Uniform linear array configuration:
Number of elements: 32
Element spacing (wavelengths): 0.5
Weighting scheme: exponential
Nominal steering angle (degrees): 30
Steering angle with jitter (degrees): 28.427
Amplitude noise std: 0.05
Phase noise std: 0.05

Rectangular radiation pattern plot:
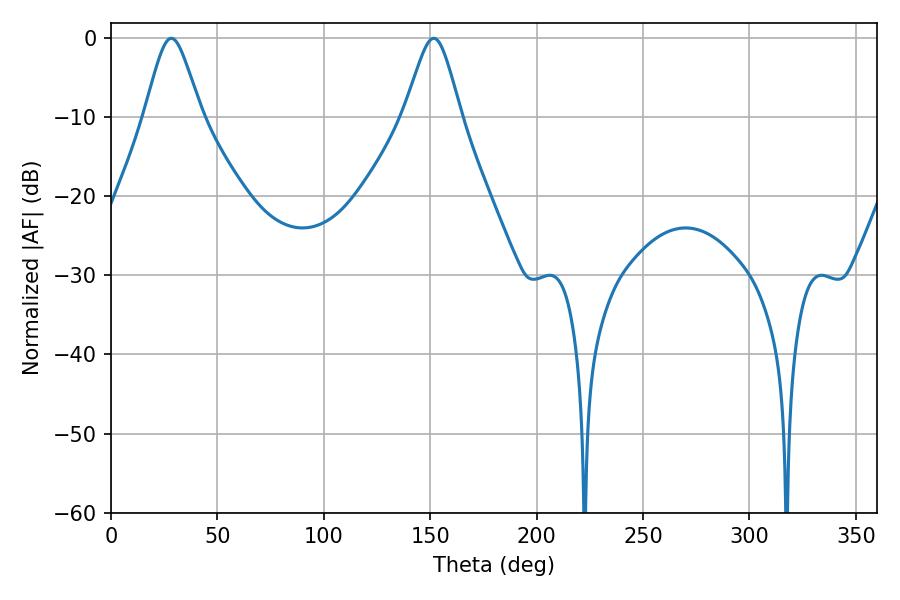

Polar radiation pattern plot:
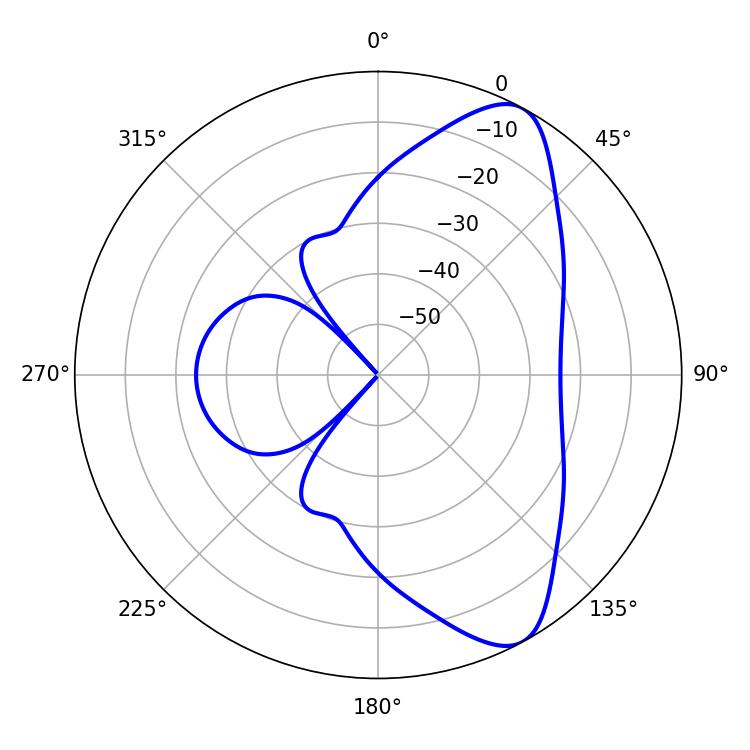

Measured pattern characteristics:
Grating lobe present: FALSE
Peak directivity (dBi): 8.681
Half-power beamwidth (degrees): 12.78
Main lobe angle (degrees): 28.26